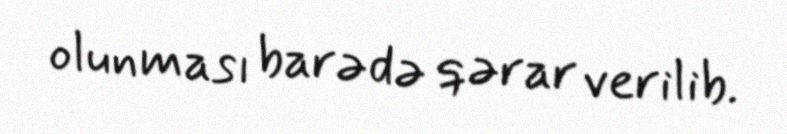
olunması barədə qərar verilib.